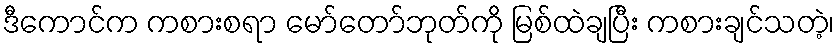
ဒီကောင်က ကစားစရာ မော်တော်ဘုတ်ကို မြစ်ထဲချပြီး ကစားချင်သတဲ့၊